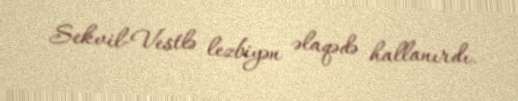
Sekvil-Vestlə lezbiyən əlaqədə hallanırdı.